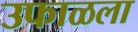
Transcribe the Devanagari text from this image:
उफाळला